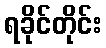
ရခိုင်တိုင်း